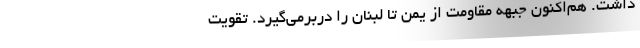
داشت. هم‌اکنون جبهه مقاومت از یمن تا لبنان را دربرمی‌گیرد. تقویت